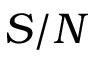
S / N